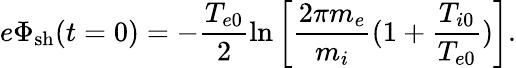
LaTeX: e\Phi_{\mathrm{sh}}(t=0)=-\frac{T_{e0}}{2}\ln\left[\frac{2\pi m_{e}}{m_{i}}(1+\frac{T_{i0}}{T_{e0}})\right].